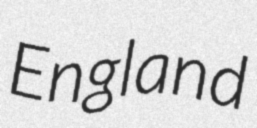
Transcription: England